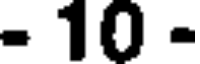
- 10 -